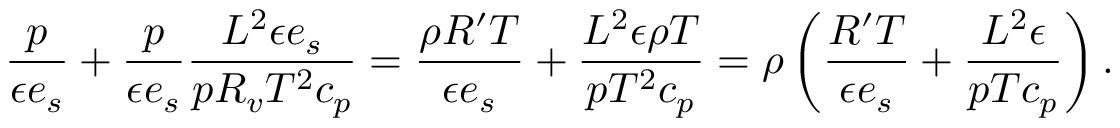
\frac { p } { \epsilon e _ { s } } + \frac { p } { \epsilon e _ { s } } \frac { L ^ { 2 } \epsilon e _ { s } } { p R _ { v } T ^ { 2 } c _ { p } } = \frac { \rho R ^ { \prime } T } { \epsilon e _ { s } } + \frac { L ^ { 2 } \epsilon \rho T } { p T ^ { 2 } c _ { p } } = \rho \left( \frac { R ^ { \prime } T } { \epsilon e _ { s } } + \frac { L ^ { 2 } \epsilon } { p T c _ { p } } \right) .